Leaving Certificate Examination, 1918
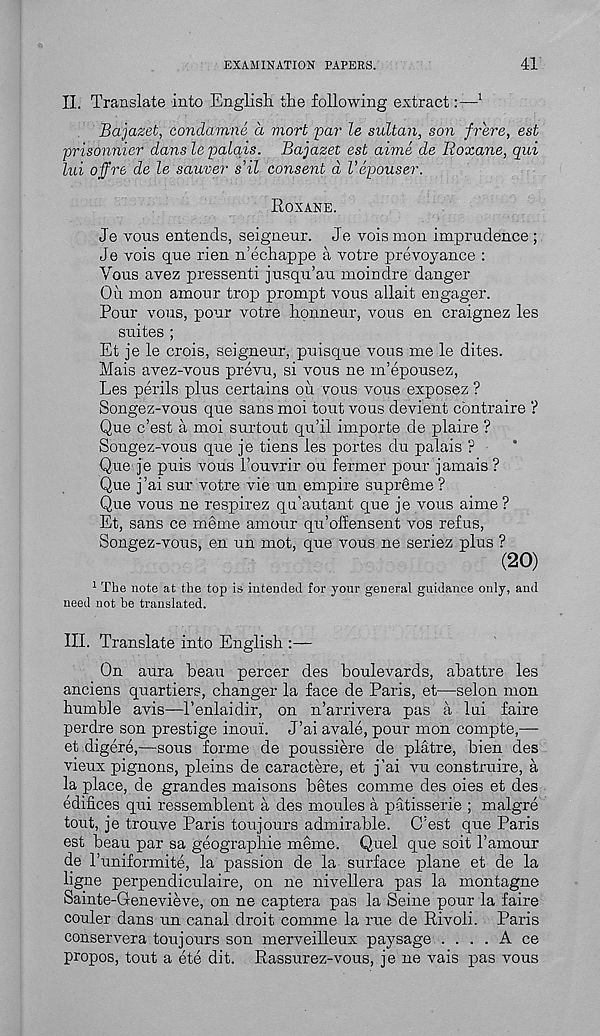
EXAMINATION PAPERS.
41
II. Translate into English the following extract:— 1
Bajazet, conditmne a viort par le sultan, son frere, est
prisonnier dans le palais. Bajazet est aime de Roxane, qui
lui offre de le sauver s’il consent d Vepouser.
Roxane.
Je vous entends, seigneur. Je vois mon imprudence ;
Je vois que rien n’echappe a votre prevoyance :
Vous avez pressenti jusqu’au moindre danger
Ou mon amour trop prompt vous allait engager.
Pour vous, pour votre honneur, vous en craignez les
suites ;
Et je le crois, seigneur, puisque vous me le dites.
Mais avez-vous prevu, si vous ne m’epousez,
Les perils plus certains ou vous vous exposez ?
Songez-vous que sans moi tout vous devient contraire ?
Que c’est a moi surtout qu’il importe de plaire ?
Songez-vous que je tiens les portes du palais ?
Que je puis vous 1’ouvrir ou fermer pour jamais ?
Que j’ai sur votre vie un empire supreme ?
Que vous ne respirez qu'autant que je vous aime?
Et, sans ce meme amour qu’offensent vos refus,
Songez-vous, en un mot, que vous ne seriez plus ?
(20)
1 The note at the top is intended for your general guidance only, and
need not be translated.
III. Translate into English :—
On aura beau percer des boulevards, abattre les
anciens quartiers, changer la face de Paris, et—selon mon
humble avis—Penlaidir, on n’arrivera pas a lui faire
perdre son prestige inoui. J’ai avale, pour mon compte,—
et digere,—sous forme de poussiere de platre, bien des
vieux pignons, pleins de caractere, et j’ai vu construire, a
la place, de grandes maisons betes comme des oies et des
edifices qui ressemblent a des monies a patisserie ; malgre
tout, je trouve Paris toujours admirable. C’est que Paris
est beau par sa geographic meme. Quel que soit Tamour
de Tuniformlte, la passion de la surface plane et de la
ligne perpendiculaire, on ne nivellera pas la montagne
Sainte-Genevieve, on ne captera pas la Seine pour la faire
couler dans un canal droit comme la rue de Rivoli. Paris
conservera toujours son merveilleux paysage . ... A ce
propos, tout a ete dit. Rassurez-vous, je ne vais pas vous